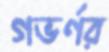
গভর্ণর